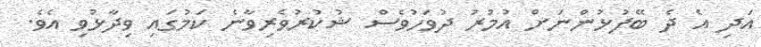
އަދި އެ ދެ ބޭފުޅުންނަށް އުމުރު ދުވަހުވެސް ޝުކުރުވެރިވާނެ ކަމުގައި ވިދާޅުވި އެވެ.